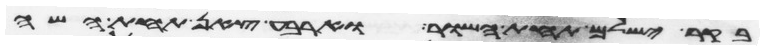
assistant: בקר ישלם תחת השור וארבע צאן תחת השה